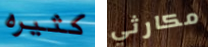
كثيره مكارثي